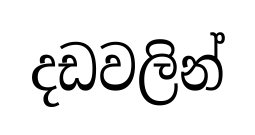
දඩවලින්